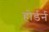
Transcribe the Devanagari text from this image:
होर्डर्न